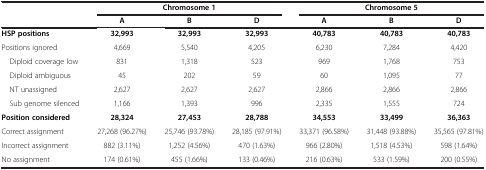
<table><thead><tr><td><b> </b></td><td colspan="3"><b>Chromosome 1</b></td><td colspan="3"><b>Chromosome 5</b></td></tr><tr><td><b> </b></td><td><b>A</b></td><td><b>B</b></td><td><b>D</b></td><td><b>A</b></td><td><b>B</b></td><td><b>D</b></td></tr></thead><tbody><tr><td><b>HSP positions</b></td><td><b>32,993</b></td><td><b>32,993</b></td><td><b>32,993</b></td><td><b>40,783</b></td><td><b>40,783</b></td><td><b>40,783</b></td></tr><tr><td>Positions ignored</td><td>4,669</td><td>5,540</td><td>4,205</td><td>6,230</td><td>7,284</td><td>4,420</td></tr><tr><td> Diploid coverage low</td><td>831</td><td>1,318</td><td>523</td><td>969</td><td>1,768</td><td>753</td></tr><tr><td> Diploid ambiguous</td><td>45</td><td>202</td><td>59</td><td>60</td><td>1,095</td><td>77</td></tr><tr><td> NT unassigned</td><td>2,627</td><td>2,627</td><td>2,627</td><td>2,866</td><td>2,866</td><td>2,866</td></tr><tr><td> Sub genome silenced</td><td>1,166</td><td>1,393</td><td>996</td><td>2,335</td><td>1,555</td><td>724</td></tr><tr><td><b>Position considered</b></td><td><b>28,324</b></td><td><b>27,453</b></td><td><b>28,788</b></td><td><b>34,553</b></td><td><b>33,499</b></td><td><b>36,363</b></td></tr><tr><td>Correct assignment</td><td>27,268 (96.27%)</td><td>25,746 (93.78%)</td><td>28,185 (97.91%)</td><td>33,371 (96.58%)</td><td>31,448 (93.88%)</td><td>35,565 (97.81%)</td></tr><tr><td>Incorrect assignment</td><td>882 (3.11%)</td><td>1,252 (4.56%)</td><td>470 (1.63%)</td><td>966 (2.80%)</td><td>1,518 (4.53%)</td><td>598 (1.64%)</td></tr><tr><td>No assignment</td><td>174 (0.61%)</td><td>455 (1.66%)</td><td>133 (0.46%)</td><td>216 (0.63%)</td><td>533 (1.59%)</td><td>200 (0.55%)</td></tr></tbody></table>